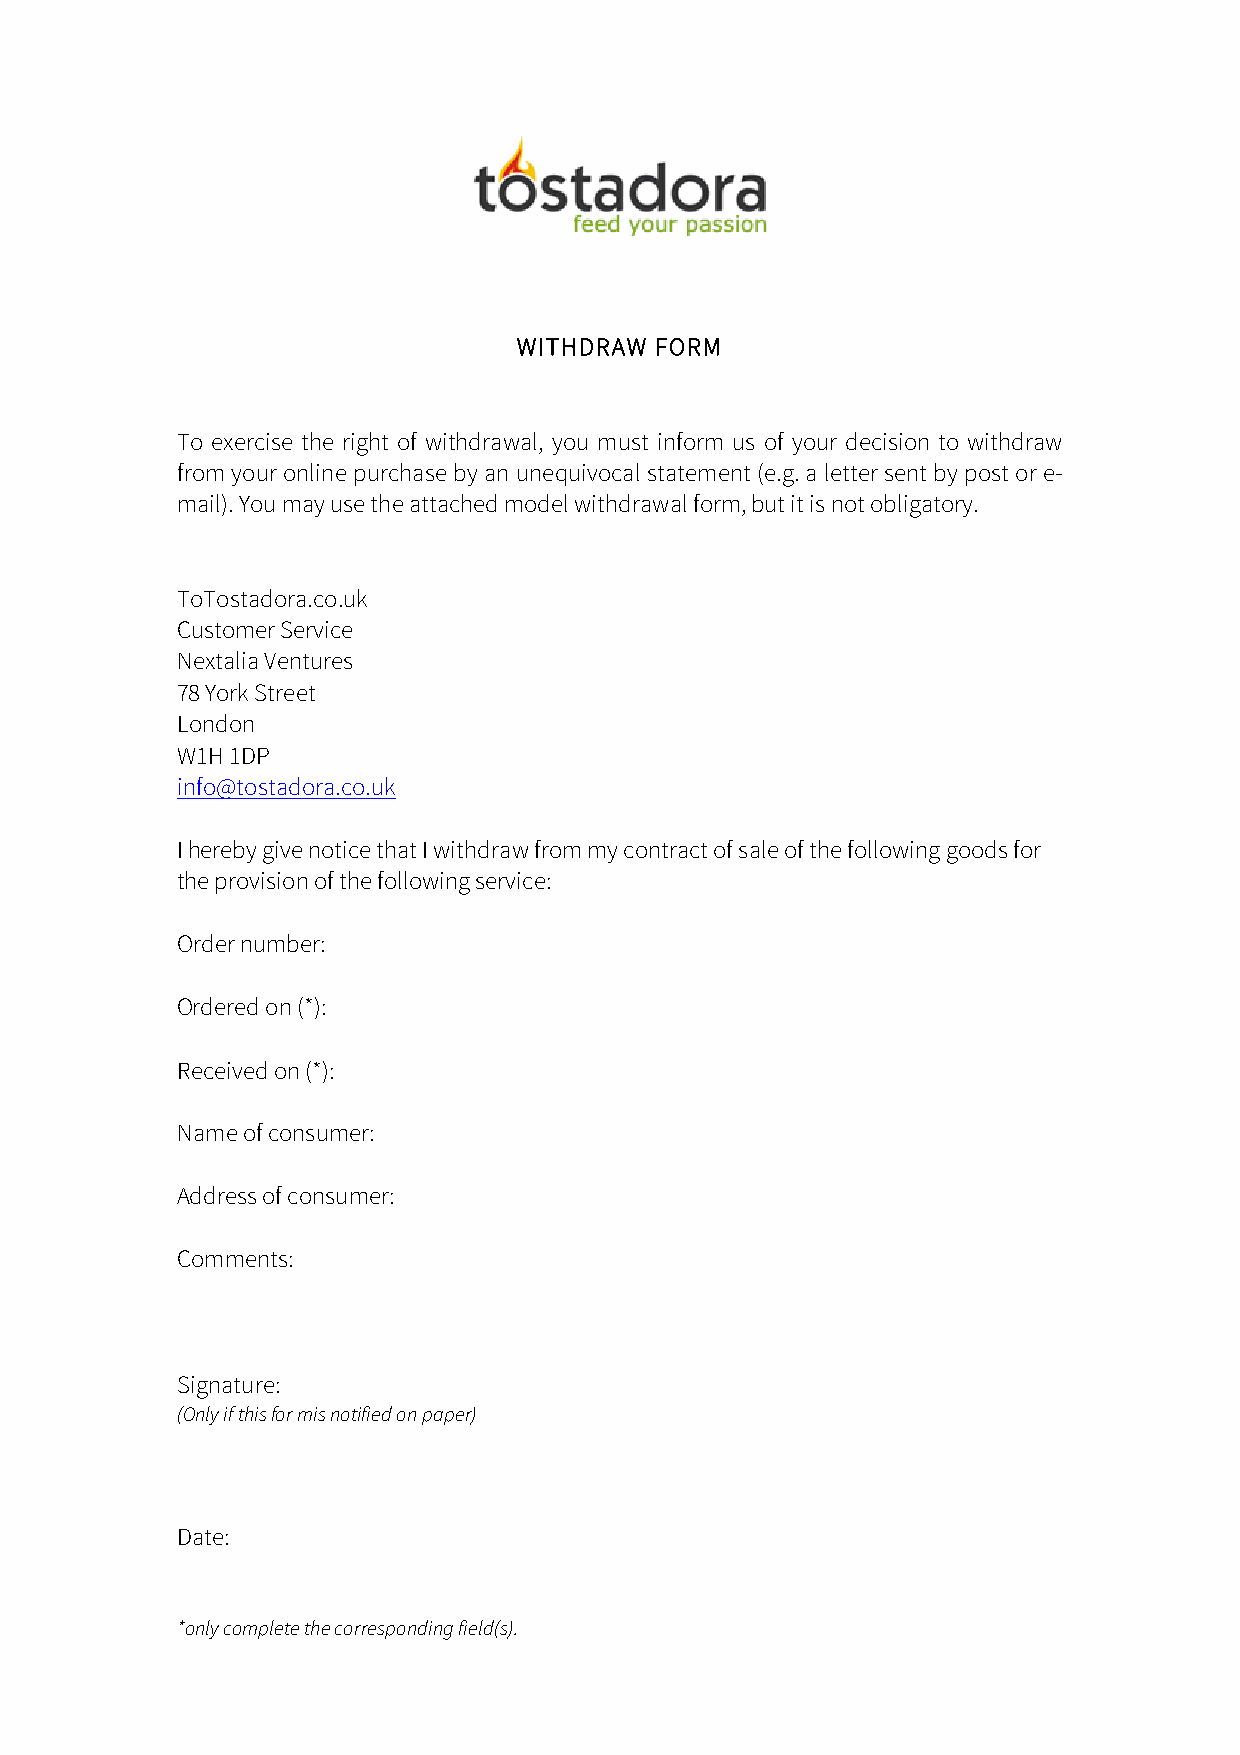
WITHDRAW FORM
 To exercise the right of withdrawal, you must inform us of your decision to withdraw
 from your online purchase by an unequivocal statement (e.g. a letter sent by post or e-
 mail). You may use the attached model withdrawal form, but it is not obligatory.
 ToTostadora.co.uk
 Customer Service
 Nextalia Ventures
 78 York Street
 London
 W1H 1DP
 info@tostadora.co.uk
 I hereby give notice that I withdraw from my contract of sale of the following goods for
 the provision of the following service:
 Order number:
 Ordered on (*):
 Received on (*):
 Name of consumer:
 Address of consumer:
 Comments:
 Signature:
 (Only if this for mis notified on paper)
 Date:
 *only complete the corresponding field(s).